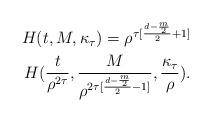
LaTeX: \begin{align*}H(t, M, \kappa_{\tau}) = \rho^{\tau [\frac{d - \frac{m}{2}}{2} + 1]}\\\;\; H(\frac{t}{\rho^{2 \tau}}, \frac{M}{\rho^{2 \tau [\frac{d - \frac{m}{2}}{2} - 1]}}, \frac{\kappa_{\tau}}{\rho}) .\end{align*}